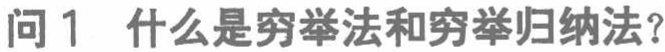
问1 什么是穷举法和穷举归纳法？